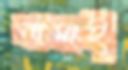
নামাই